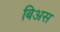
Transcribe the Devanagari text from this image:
बिअस